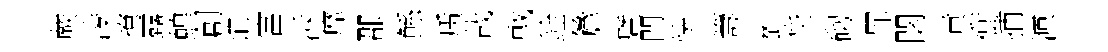
蕨凌撩露蝗創谊富泝靡郡鲧质哉㦸銓簷暨門恍籌髭贷砌罪閟責衝捕源